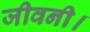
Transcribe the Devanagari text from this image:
जीवनी।